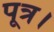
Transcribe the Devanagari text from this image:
पूत्र।